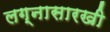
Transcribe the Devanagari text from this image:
लग्नासारखी